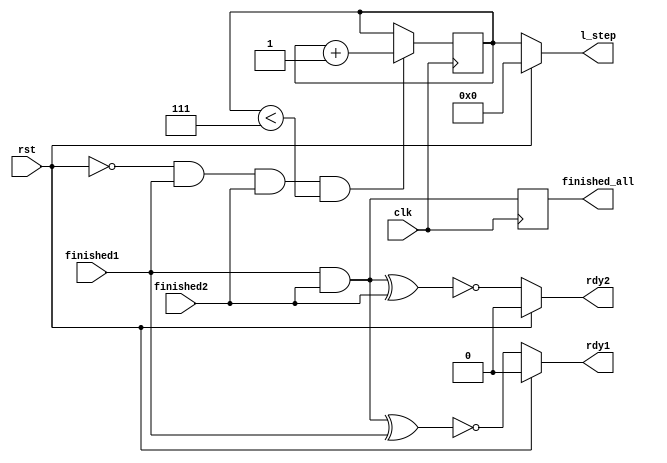
module sync_control_dual #(parameter DATA_WIDTH = 32, max_steps = 7) ( 
	input clk,
	input finished1,
	input finished2,
	input rst, // a reset flag that reset all operations; after lap > max_steps, rst needs to be set high by PS to reset everything
	
	output rdy1,
	output rdy2, //
	output reg finished_all,
	output [DATA_WIDTH-1:0] l_step //
	
	);

	reg [DATA_WIDTH-1:0] l_step_reg = 0; 
	assign l_step = (rst == 1'b0)?  l_step_reg : {(DATA_WIDTH){1'b0}};
	assign rdy1 = (rst == 1'b0)?  (~((finished1 & finished2) ^ finished1)) : {1'b0};
	assign rdy2 = (rst == 1'b0)?  (~((finished1 & finished2) ^ finished2)) : {1'b0};
	//assign finished_all = finished1 & finished2;
	
	always @(posedge clk) begin // need to double check if it should be posedge or negedge
		if (rst == 1'b0 && finished1 == 1'b1 && finished2 == 1'b1 && l_step_reg < max_steps) begin
			l_step_reg = l_step_reg + 1;
		end
		finished_all <= finished1 & finished2;
		//if (l_step_reg == max_steps) begin
		//	l_step_reg = 0;
		//end
	end



endmodule